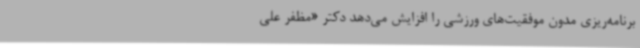
برنامه‌ریزی مدون موفقیت‌های ورزشی را افزایش می‌دهد دکتر «مظفر علی